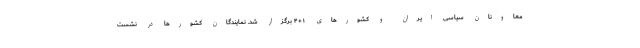
معاونان سیاسی ایران و کشورهای ۱+۴ برگزار شد. نمایندگان کشورها در نشست